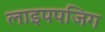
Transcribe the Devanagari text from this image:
लाइपपजिग